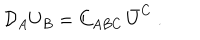
{ \cal D } _ { A } U _ { B } = C _ { A B C } \, \bar { U } ^ { C } \ .